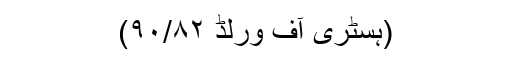
(ہسٹری آف ورلڈ ۹۰/۸۲)